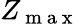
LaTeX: Z_{\mathrm{~m~a~x~}}